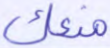
منعك